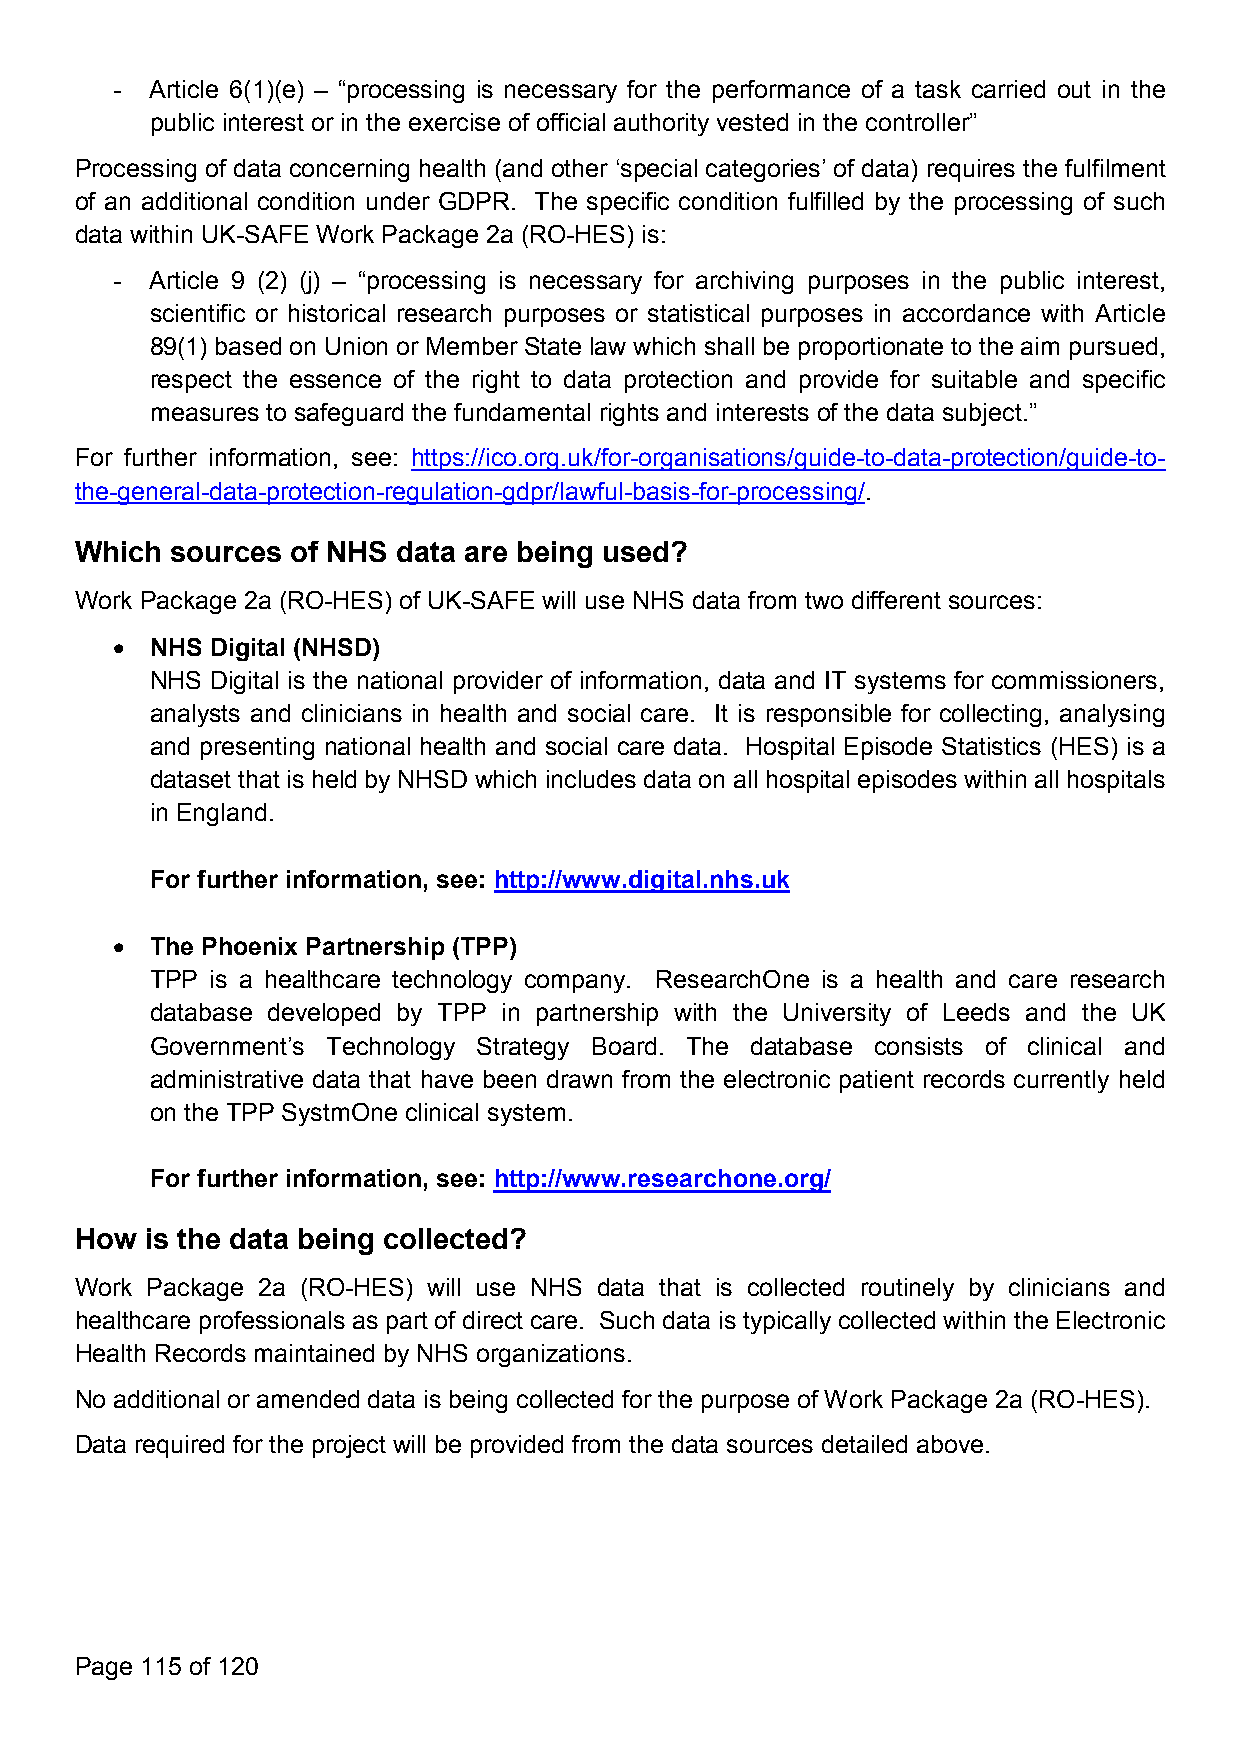
-  Article 6(1)(e) – “processing is necessary for the performance of a task carried out in the
 public interest or in the exercise of official authority vested in the controller”
 Processing of data concerning health (and other ‘special categories’ of data) requires the fulfilment
 of an additional condition under GDPR. The specific condition fulfilled by the processing of such
 data within UK-SAFE Work Package 2a (RO-HES) is:
 -  Article 9 (2) (j) – “processing is necessary for archiving purposes in the public interest,
 scientific or historical research purposes or statistical purposes in accordance with Article
 89(1) based on Union or Member State law which shall be proportionate to the aim pursued,
 respect the essence of the right to data protection and provide for suitable and specific
 measures to safeguard the fundamental rights and interests of the data subject.”
 For further information, see: https://ico.org.uk/for-organisations/guide-to-data-protection/guide-to-
 the-general-data-protection-regulation-gdpr/lawful-basis-for-processing/.
 Which sources of NHS data are being used?
 Work Package 2a (RO-HES) of UK-SAFE will use NHS data from two different sources:
   NHS Digital (NHSD)
 NHS Digital is the national provider of information, data and IT systems for commissioners,
 analysts and clinicians in health and social care. It is responsible for collecting, analysing
 and presenting national health and social care data. Hospital Episode Statistics (HES) is a
 dataset that is held byNHSD which includesdata on all hospital episodes within all hospitals
 in England.
 For further information, see: http://www.digital.nhs.uk
   The Phoenix Partnership (TPP)
 TPP is a healthcare technology company. ResearchOne is a health and care research
 database developed by TPP in partnership with the University of Leeds and the UK
 Government’s Technology Strategy Board. The database consists of clinical and
 administrative data that have been drawn from the electronic patient records currently held
 on the TPP SystmOne clinical system.
 For further information, see: http://www.researchone.org/
 How  is the data being collected?
 Work Package 2a (RO-HES) will use NHS data that is collected routinely by clinicians and
 healthcare professionals as part of direct care. Such data is typically collected within the Electronic
 Health Records maintained by NHS organizations.
 No additional or amended data is being collected for the purpose of Work Package 2a (RO-HES).
 Data required for the project will be provided from the data sources detailed above.
 Page 115 of 120